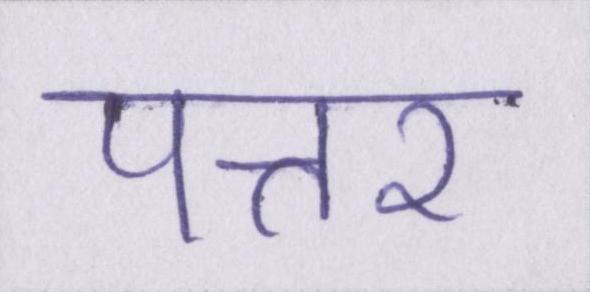
पत्तर